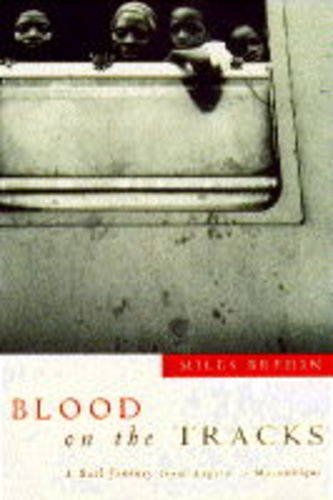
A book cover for Blood on the Tracks: Rail Journey from Angola to Mozambique; Miles Bredin; Travel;